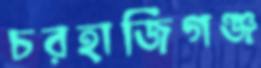
চরহাজিগঞ্জ